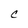
Character: C